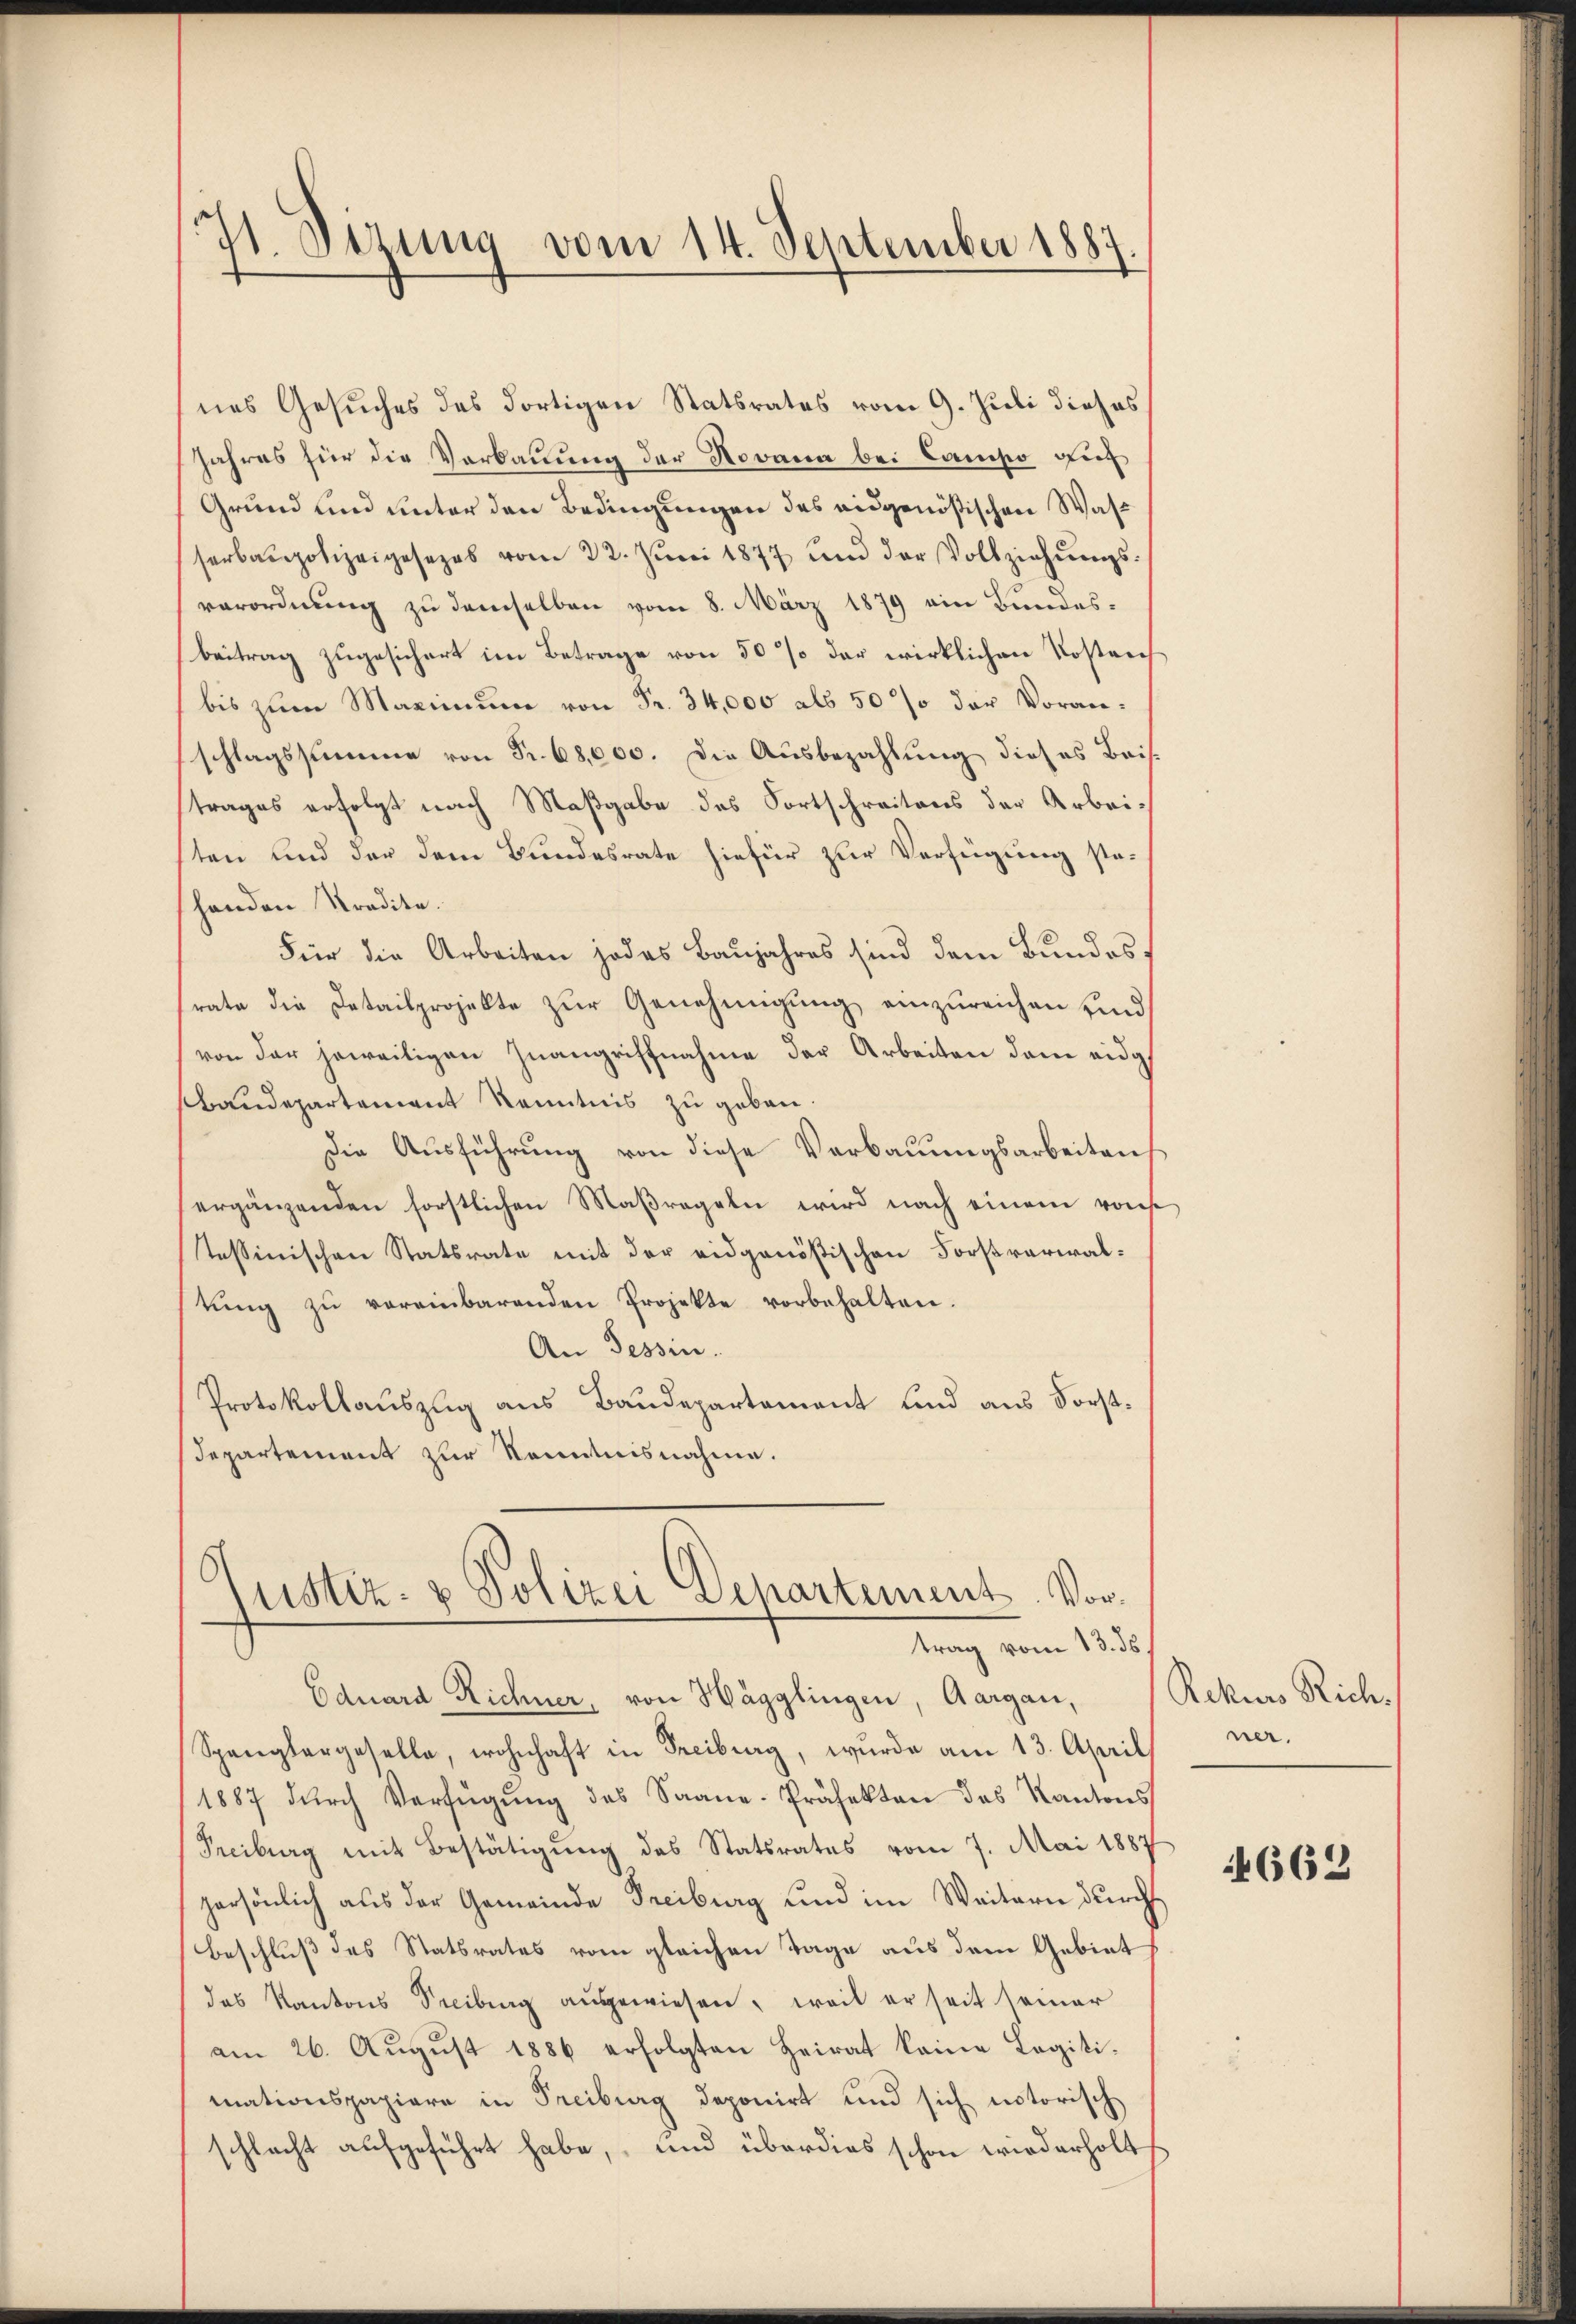
71. Dizung vom 14. September 1887

nes Gesuches des dortigen Statsrates vom 9. Juli dieses
Jahres für die Verbauung der Novana bei Camiso gut
Grund und unter den Bedingungen des eidgenößischen Wasserbaupolizeigesezes vom 22. Jŭni 1877 und der Vollziehŭngs-
verordnung zu demselben vom 8. März 1879 ein Bundesbeitrag zugesichert im Betrage von 50 % der wirklichen Kostenz
bis zum Maximum von Fr. 34,000 als 50 % der Voranschlagssumme von Fr. 68,000. Die Ausbezahlung dieses Beis-
trages erfolgt nach Maßgabe des Fortschreitens der Arbeiten und der dem Bundesrate hiefür zur Verfügung steshanden Tradita.
Für die Arbeiten jedes Baujahres sind dem Bundesf
rate die Detailprojekte zur Genehmigung einzureichen sind
von der jeweiligen Inangriffnahme der Arbeiten dem eidg
Baudepartement Kenntnis zu geben
Die Ausführung von diese Verbauungsarbeiten
ergänzenden forstlichen Maßregeln wird nach einem von
teßinischen Statsrate mit der eidgenößischen Forstrarialtŭng zŭ vereinbarenden Projekte vorbehalten.
An Tessin.
Protokollauszug aus Baudepartement und aus Forst¬
Departement zur Kenntnisnahme.

Justiz- & Polizei Departement. Vortrag vom 13. ds.

Eduard Richner, von Hägglingen, Aargau,
Spanglargeselle, wohnhaft in Freiburg, wurde am 13. April
1887 dŭrch Verfügung des Saane-Präfekten des Kantons
Freiburg mit Bestätigung des Statsrates vom 7. Mai 1887
persönlich aus der Gemeinde Freiburg und im Weitern durch
Beschluß des Statsrates vom gleichen Tage aus dem Gebiet
das Kantons Steibung aŭsgewiesen, weil er seit seiner
am 26. Aŭgŭst 1886 erfolgten Heirat keine Legiti-
mationspapiere in Freiburg deponirt und sich notorisch
schlacht aufgeführt habe, und überdies schon wiederholt

Rekurs Rich
ner.

662